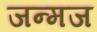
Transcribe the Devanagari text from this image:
जन्मज